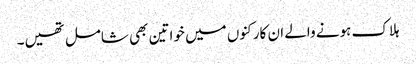
ہلاک ہونے والے ان کارکنوں میں خواتین بھی شامل تھیں۔